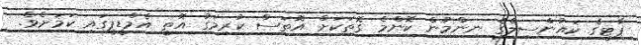
ޕާޓީގެ ކައުންސިލްގެ ނިންމުން ކޮންމެ ގޮތަކަށް އޮތަސް ކުރިމަގު އޮތީ އެމްޑީޕީގައި ކަމަށެވެ.